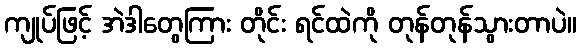
ကျုပ်ဖြင့် အဲဒါတွေကြား တိုင်း ရင်ထဲကို တုန်တုန်သွားတာပဲ။